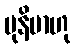
မုနိမာဟု